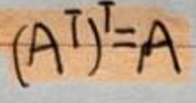
$\left(A^{\mathrm{T}}\right)^{\mathrm{T}}=A$